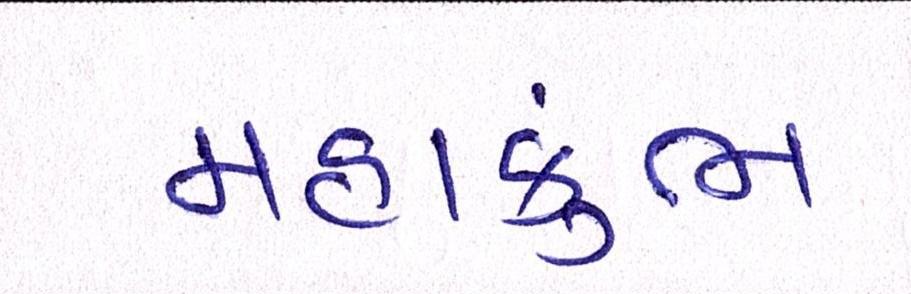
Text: મહાકુંભ